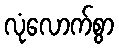
လုံလောက်စွာ